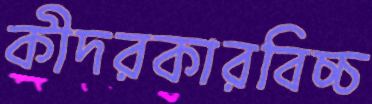
কীদরকারবিচ্চ